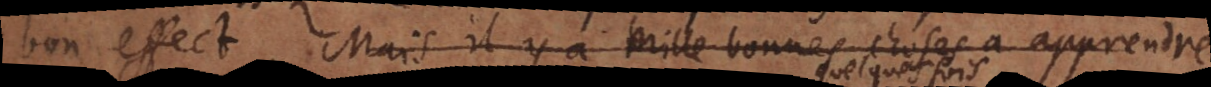
bon effect. Mais il y a milles bonnes choses a apprendre